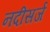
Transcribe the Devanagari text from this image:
नदीसर्ज